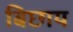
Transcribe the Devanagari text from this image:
बिछाय